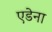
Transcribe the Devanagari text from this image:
एडेना